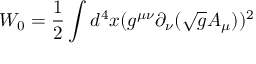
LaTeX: W _ { 0 } = \frac { 1 } { 2 } \int d ^ { 4 } x ( g ^ { \mu \nu } \partial _ { \nu } ( \sqrt { g } A _ { \mu } ) ) ^ { 2 }